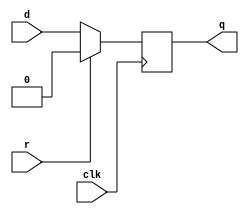
module top_module (
    input clk,
    input d, 
    input r,   // synchronous reset 同步复位
    output q);
    always @(posedge clk) begin
        if(r) q<=1'b0;
        else  q<=d;
    end

endmodule